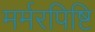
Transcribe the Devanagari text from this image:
मर्मरपिष्टि